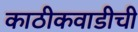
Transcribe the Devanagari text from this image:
काठीकवाडीची